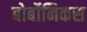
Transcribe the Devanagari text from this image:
बोर्बोनिकस